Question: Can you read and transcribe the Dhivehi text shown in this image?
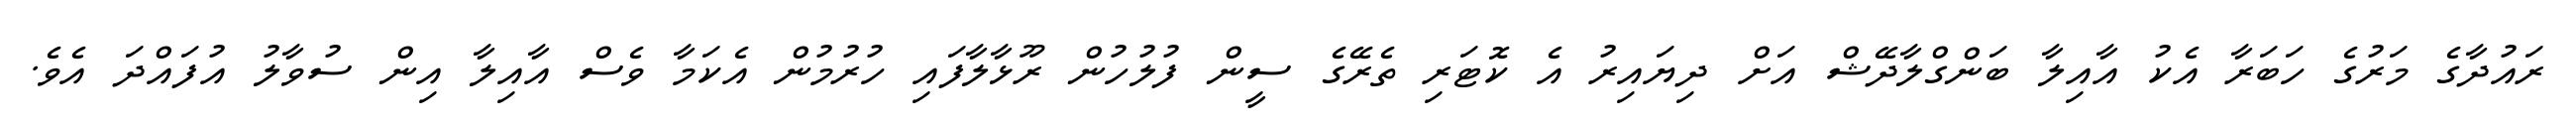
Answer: ރައުދާގެ މަރުގެ ހަބަރާ އެކު އާއިލާ ބަންގްލާދޭޝް އަށް ދިޔައިރު އެ ކޮޓަރި ތެރޭގެ ސީން ފުލުހުން ރޫޅާލާފައި ހުރުމުން އެކަމާ ވެސް އާއިލާ އިން ސުވާލު އުފައްދަ އެވެ.